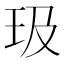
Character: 𪻏